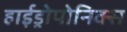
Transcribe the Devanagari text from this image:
हाईड्रोपोनिक्स